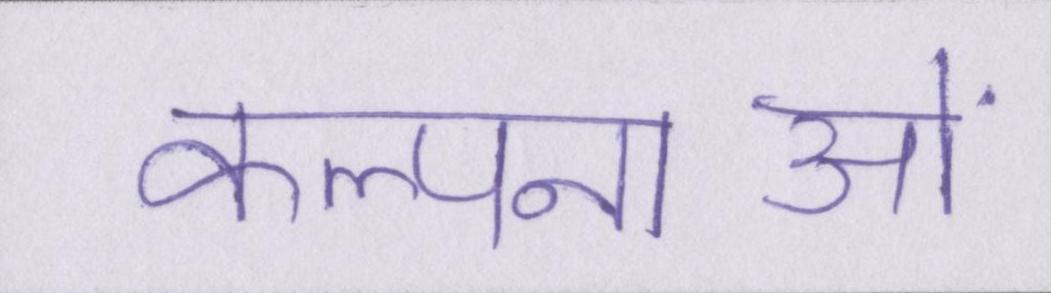
कल्पनाओं